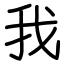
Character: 我